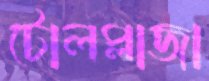
টোলপ্লাজা